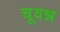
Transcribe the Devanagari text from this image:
चूवन्न